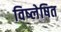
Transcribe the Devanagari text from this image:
विष्लेषित